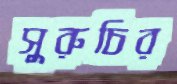
সুরুচির